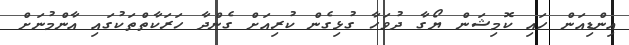
އިންޑިއަން ހައި ކޮމިޝަން ޔޯގާ ދުވަހާ ގުޅިގެން ކުރިއަށް ގެންދާ ހަރަކާތްތަކުގައި އާންމުނަށް